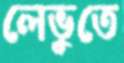
লেভুতে